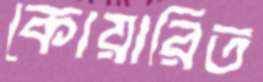
কোয়ারিত